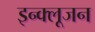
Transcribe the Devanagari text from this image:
इन्क्लूजन